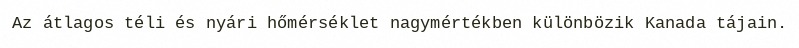
Az átlagos téli és nyári hőmérséklet nagymértékben különbözik Kanada tájain.